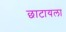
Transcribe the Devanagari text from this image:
छाटायला